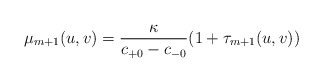
\begin{align*} \mu_{m+1}(u,v)=\frac{\kappa}{c_{+0}-c_{-0}}(1+\tau_{m+1}(u,v))\end{align*}